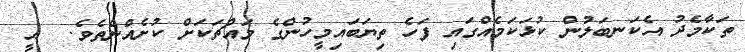
ތަކާމެދު އެކަނބަލުން ކުޅަކަމެއްގައި ފަހެ ތިޔަބައިމީހުންގެ މައްޗަކަށް ކުށެއްނެތެވެ.  އީ